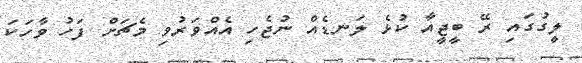
ލީގުގައި ރޭ ބީޖީއާ ކުޅެ ލަނޑެއް ނުޖެހި އެއްވަރުވި މެޗަށް ފަހު ވާހަކަ